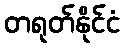
တရုတ်နိုင်ငံ